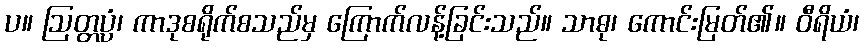
ပ။ ဩတ္တပ္ပံ၊ ကာဒုစရိုက်စသည်မှ ကြောက်လန့်ခြင်းသည်။ သာဓု၊ ကောင်းမြတ်၏။ ဝီရိယံ၊